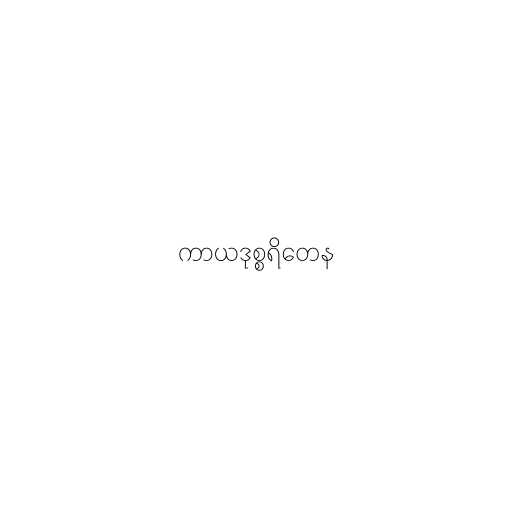
ကာယဒုစ္စရိတေန